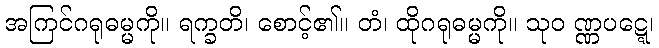
အကြင်ဂရုဓမ္မကို။ ရက္ခတိ၊ စောင့်၏။ တံ၊ ထိုဂရုဓမ္မကို။ သုဝ ဏ္ဏပဋ္ဋေ၊